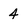
Character: 4